Vaccination in Burma 1920-1933 - 1920-1933
Year: 1920
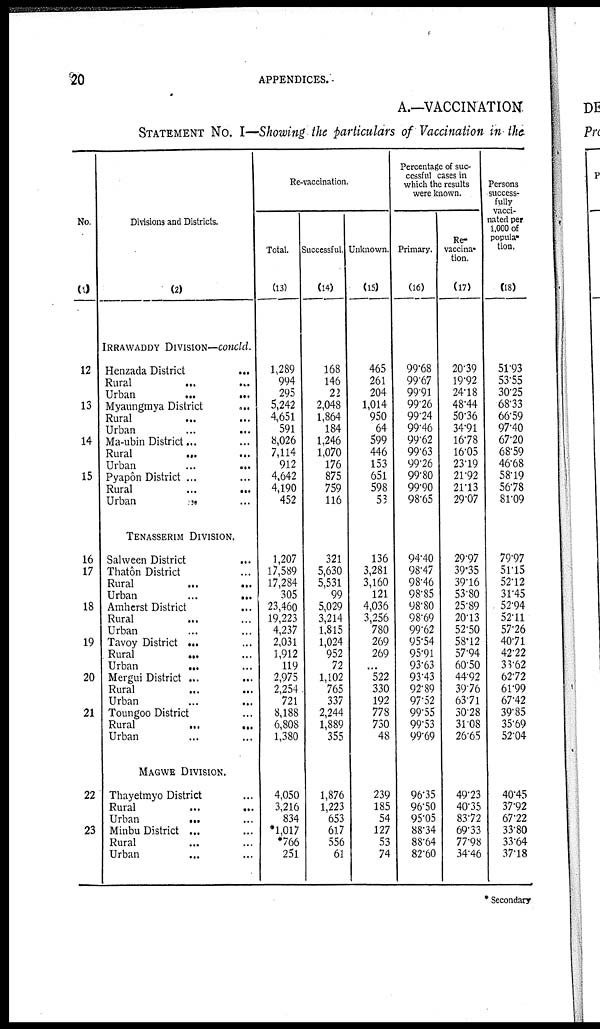
20
APPENDICES.
A.—VACCINATION.
STATEMENT No. I—Showing the particulars of Vaccination in the
No.
(1)
12
13
14
15
16
17
18
19
20
21
22
23
Divisions and Districts.
(2)
IRRAWADDY DIVISION—concld.
Henzada District... ... ...
Rural... ...
Urban...
...
Myaungmya District... ...
Rural... ...
Urban... ...
Ma-ubin District...
Rural
...
...
Urban
...
...
Pyapôn District ...
Rural... ...
Urban... ...
TENASSERIM DIVISION.
Salween District... ...
Thatôn District... ...
Rural... ...
Urban...
...
Amherst District... ...
Rural... ...
Urban... ... ...
Tavoy District ...
Rural...
...
Urban...
...
Mergui District ...
Rural... ...
Urban... ...
Toungoo District... ...
Rural...
...
Urban... ...
MAGWE DIVISION.
Thayetmyo District... ...
Rural...
...
...
Urban...
...
...
Minbu District ... ...
Rural... ...
Urban... ...
Re-vaccination.
Total.
(13)
1,289
994
295
5,242
4,651
591
8,026
7,114
912
4,642
4,190
452
1,207
17,589
17,284
305
23,460
19,223
4,237
2,031
1,912
119
2,975
2,254
721
8,188
6,808
1,380
4,050
3,216
834
*1,017
*766
251
Successful.
(14)
168
146
22
2,048
1,864
184
1,246
1,070
176
875
759
116
321
5,630
5,531
99
5,029
3,214
1,815
1,024
952
72
1,102
765
337
2,244
1,889
355
1,876
1,223
653
617
556
61
Unknown.
(15)
465
261
204
1,014
950
64
599
446
153
651
598
53
136
3,281
3,160
121
4,036
3,256
780
269
269
...
522
330
192
778
730
48
239
185
54
127
53
74
Percentage of suc-
cessful cases in
which the results
were known.
Primary.
(16)
99.68
99.67
99.91
99.26
99.24
99.46
99.62
99.63
99.26
99.80
99.90
98.65
94.40
98.47
98.46
98.85
98.80
98.69
99.62
95.54
95.91
93.63
93.43
92.89
97.52
99.55
99.53
99.69
96.35
96.50
95.05
88.34
88.64
82.60
Re-
vaccina-
tion.
(17)
20.39
19.92
24.18
48.44
50.36
34.91
16.78
16.05
23.19
21.92
21.13
29.07
29.97
39.35
39.16
53.80
25.89
20.13
52.50
58.12
57.94
60.50
44.92
39.76
63.71
30.28
31.08
26.65
49.23
40.35
83.72
69.33
77.98
34.46
Persons
success-
fully
vacci-
nated per
1,000 of
popula-
tion.
(18)
51.93
53.55
30.25
68.33
66.59
97.40
67.20
68.59
46.68
58.19
56.78
81.09
79.97
51.15
52.12
31.45
52.94
52.11
57.26
40.71
42.22
33.62
62.72
61.99
67.42
39.85
35.69
52.04
40.45
37.92
67.22
33.80
33.64
37.18
* Secondary